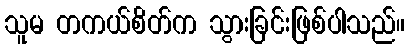
သူမ တကယ်စိတ်က သွားခြင်းဖြစ်ပါသည်။